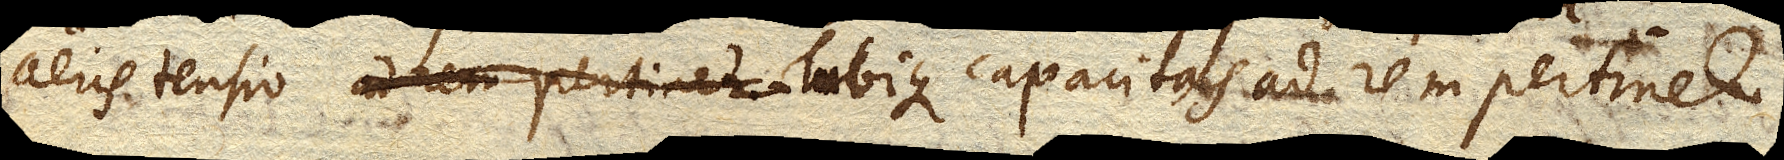
aeris tensio Tubique capacitas ad rem pertinet